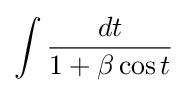
\int {\frac {dt}{1+\beta \cos t}}